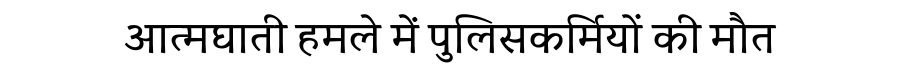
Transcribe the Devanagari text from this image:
आत्मघाती हमले में पुलिसकर्मियों की मौत